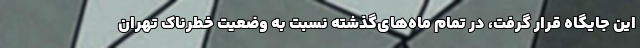
این جایگاه قرار گرفت، در تمام ماه‌های‌گذشته نسبت به وضعیت خطرناک تهران